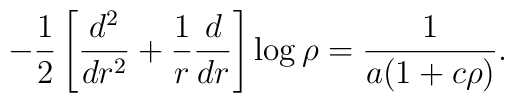
-\frac12\left[ \frac{d^2}{dr^2}+\frac1r\frac d{dr}\right]\log\rho = \frac1{a(1+c\rho)}.